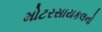
મોટરસાયકલનો